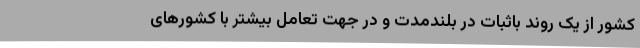
کشور از یک روند باثبات در بلندمدت و در جهت تعامل بیشتر با کشورهای